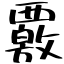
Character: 覈